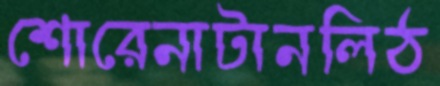
শোরেনাটানলিঠ